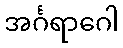
အင်္ဂရာဂေါ